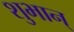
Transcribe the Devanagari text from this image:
शुभान्